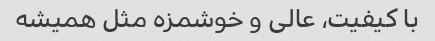
با کیفیت، عالی و خوشمزه مثل همیشه